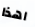
اهذا